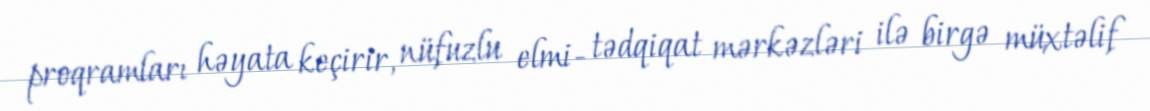
proqramları həyata keçirir, nüfuzlu elmi- tədqiqat mərkəzləri ilə birgə müxtəlif